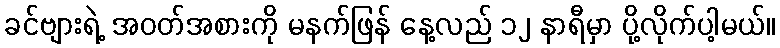
ခင်ဗျားရဲ့ အဝတ်အစားကို မနက်ဖြန် နေ့လည် ၁၂ နာရီမှာ ပို့လိုက်ပါ့မယ်။